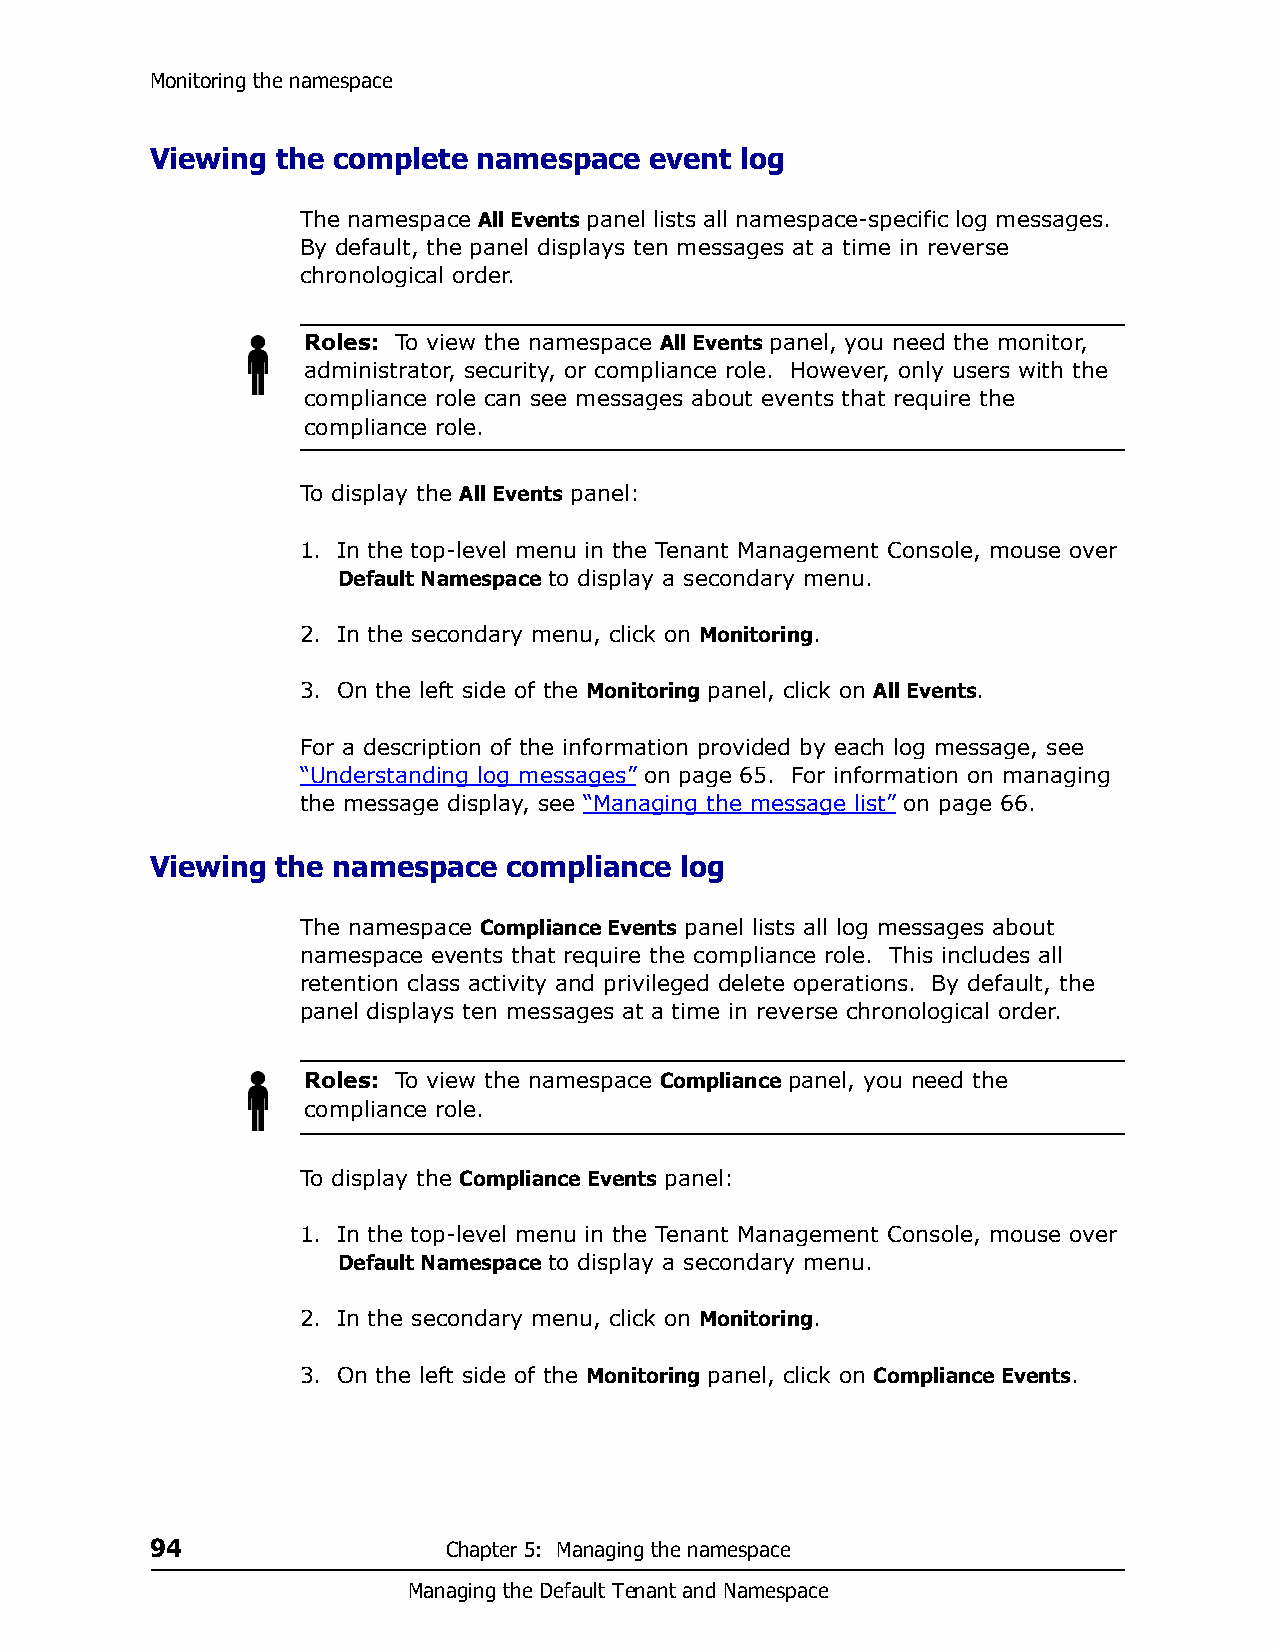
Monitoring the namespace
 Viewing the complete  namespace  event log
 The namespace All Events panel lists all namespace-specific log messages.
 By default, the panel displays ten messages at a time in reverse
 chronological order.
 Roles: To view the namespace All Events panel, you need the monitor,
 administrator, security, or compliance role. However, only users with the
 compliance role can see messages about events that require the
 compliance role.
 To display the All Events panel:
 1. In the top-level menu in the Tenant Management Console, mouse over
 Default Namespace to display a secondary menu.
 2. In the secondary menu, click on Monitoring.
 3. On the left side of the Monitoring panel, click on All Events.
 For a description of the information provided by each log message, see
 “Understanding log messages” on page 65. For information on managing
 the message display, see “Managing the message list” on page 66.
 Viewing the namespace  compliance  log
 The namespace Compliance Events panel lists all log messages about
 namespace events that require the compliance role. This includes all
 retention class activity and privileged delete operations. By default, the
 panel displays ten messages at a time in reverse chronological order.
 Roles: To view the namespace Compliance panel, you need the
 compliance role.
 To display the Compliance Events panel:
 1. In the top-level menu in the Tenant Management Console, mouse over
 Default Namespace to display a secondary menu.
 2. In the secondary menu, click on Monitoring.
 3. On the left side of the Monitoring panel, click on Compliance Events.
 94                  Chapter 5: Managing the namespace
 Managing the Default Tenant and Namespace